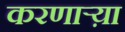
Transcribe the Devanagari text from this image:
करणार्‍य़ा